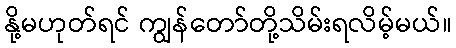
နို့မဟုတ်ရင် ကျွန်တော်တို့သိမ်းရလိမ့်မယ်။